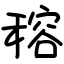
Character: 穃